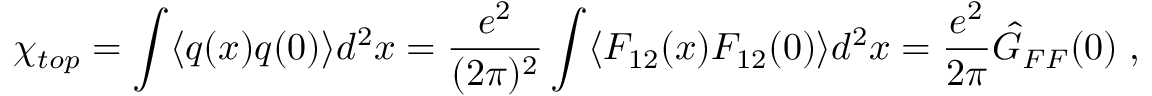
\chi _ { t o p } = \int \langle q ( x ) q ( 0 ) \rangle d ^ { 2 } x = \frac { e ^ { 2 } } { ( 2 \pi ) ^ { 2 } } \int \langle F _ { 1 2 } ( x ) F _ { 1 2 } ( 0 ) \rangle d ^ { 2 } x = \frac { e ^ { 2 } } { 2 \pi } \hat { G } _ { F F } ( 0 ) \; ,